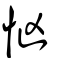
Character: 忷